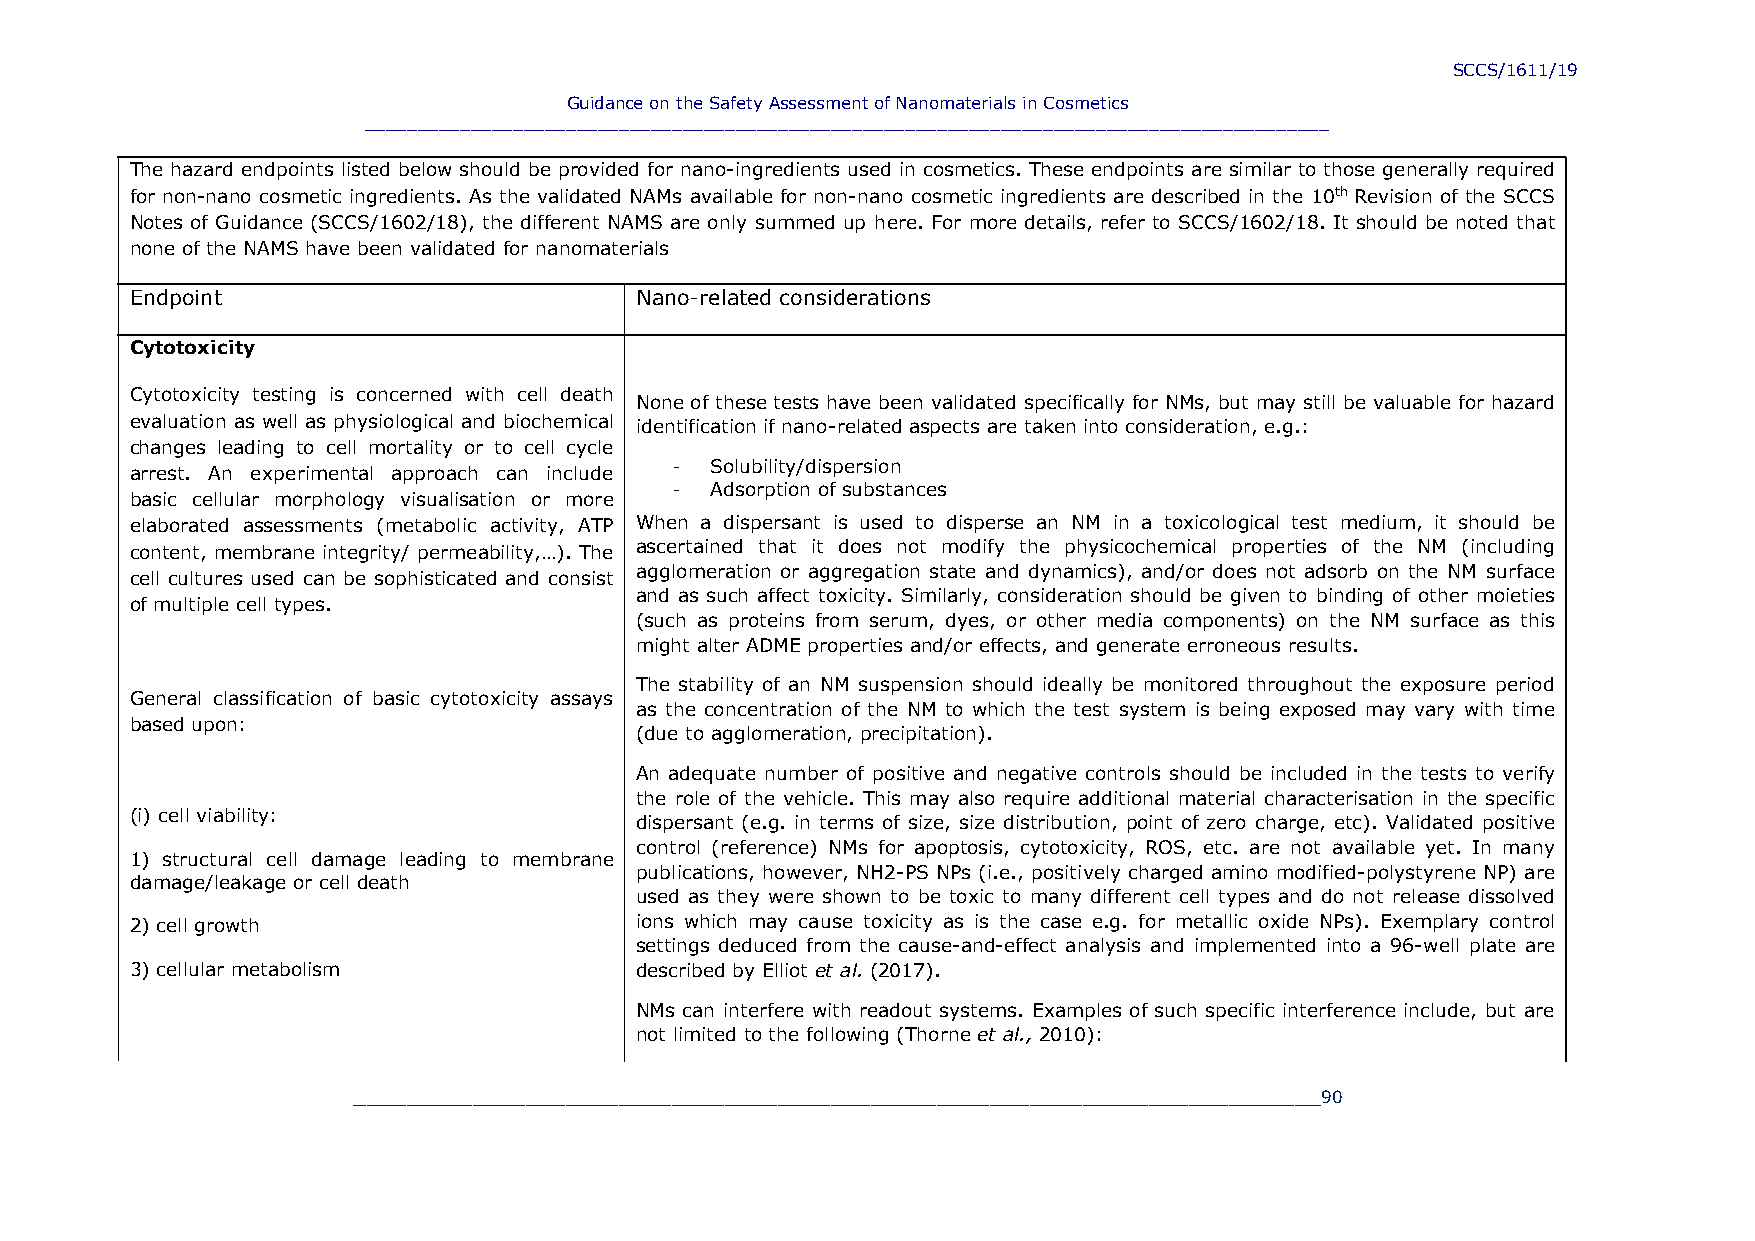
SCCS/1611/19
 Guidance on the Safety Assessment of Nanomaterials in Cosmetics
 ___________________________________________________________________________________________
 The hazard endpoints listed below should be provided for nano-ingredients used in cosmetics. These endpoints are similar to those generally required
 for non-nano cosmetic ingredients. As the validated NAMs available for non-nano cosmetic ingredients are described in the 10th Revision of the SCCS
 Notes of Guidance (SCCS/1602/18), the different NAMS are only summed up here. For more details, refer to SCCS/1602/18. It should be noted that
 none of the NAMS have been validated for nanomaterials
 Endpoint                         Nano-related considerations
 Cytotoxicity
 Cytotoxicity testing is concerned with cell death
 None of these tests have been validated specifically for NMs, but may still be valuable for hazard
 evaluation as well as physiological and biochemical identification if nano-related aspects are taken into consideration, e.g.:
 changes leading to cell mortality or to cell cycle
 arrest. An experimental approach can include - Solubility/dispersion
 - Adsorption of substances
 basic cellular morphology visualisation or more
 elaborated assessments (metabolic activity, ATP When a dispersant is used to disperse an NM in a toxicological test medium, it should be
 content, membrane integrity/ permeability,…). The ascertained that it does not modify the physicochemical properties of the NM (including
 agglomeration or aggregation state and dynamics), and/or does not adsorb on the NM surface
 cell cultures used can be sophisticated and consist
 and as such affect toxicity. Similarly, consideration should be given to binding of other moieties
 of multiple cell types.
 (such as proteins from serum, dyes, or other media components) on the NM surface as this
 might alter ADME properties and/or effects, and generate erroneous results.
 The stability of an NM suspension should ideally be monitored throughout the exposure period
 General classification of basic cytotoxicity assays
 as the concentration of the NM to which the test system is being exposed may vary with time
 based upon:
 (due to agglomeration, precipitation).
 An adequate number of positive and negative controls should be included in the tests to verify
 the role of the vehicle. This may also require additional material characterisation in the specific
 (i) cell viability:
 dispersant (e.g. in terms of size, size distribution, point of zero charge, etc). Validated positive
 control (reference) NMs for apoptosis, cytotoxicity, ROS, etc. are not available yet. In many
 1) structural cell damage leading to membrane
 publications, however, NH2-PS NPs (i.e., positively charged amino modified-polystyrene NP) are
 damage/leakage or cell death
 used as they were shown to be toxic to many different cell types and do not release dissolved
 2) cell growth                   ions which may cause toxicity as is the case e.g. for metallic oxide NPs). Exemplary control
 settings deduced from the cause-and-effect analysis and implemented into a 96-well plate are
 3) cellular metabolism           described by Elliot et al. (2017).
 NMs can interfere with readout systems. Examples of such specific interference include, but are
 not limited to the following (Thorne et al., 2010):
 _________________________________________________________________________90